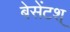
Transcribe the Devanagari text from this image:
बेसेंटश्